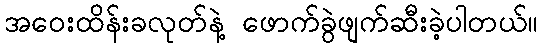
အဝေးထိန်းခလုတ်နဲ့ ဖောက်ခွဲဖျက်ဆီးခဲ့ပါတယ်။